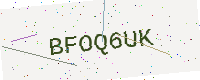
Text: BFOQ6UK